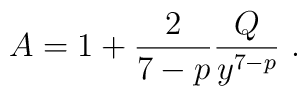
A = 1 + \frac{2}{7-p} \frac{Q}{y^{7-p}} \ .